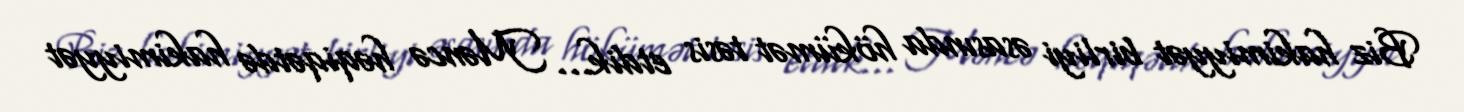
Biz hakimiyyət birliyi əsasında hökümət təsis etdik… Məncə həqiqətdə hakimiyyət